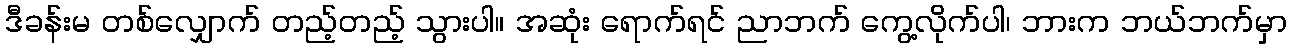
ဒီခန်းမ တစ်လျှောက် တည့်တည့် သွားပါ။ အဆုံး ရောက်ရင် ညာဘက် ကွေ့လိုက်ပါ၊ ဘားက ဘယ်ဘက်မှာ